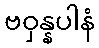
ဗဝှန္နပါနံ